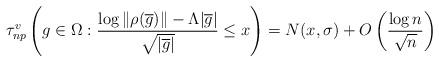
LaTeX: \begin{align*}\tau_{np}^{v}\left( g \in \Omega : \frac{\log\|\rho(\overline{g})\| - \Lambda|\overline{g}|}{\sqrt{|\overline{g}|}} \le x \right) = N(x,\sigma) + O\left( \frac{\log n}{\sqrt{n}}\right)\end{align*}